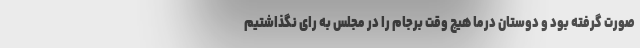
صورت گرفته بود و دوستان درما هیچ وقت برجام را در مجلس به رای نگذاشتیم